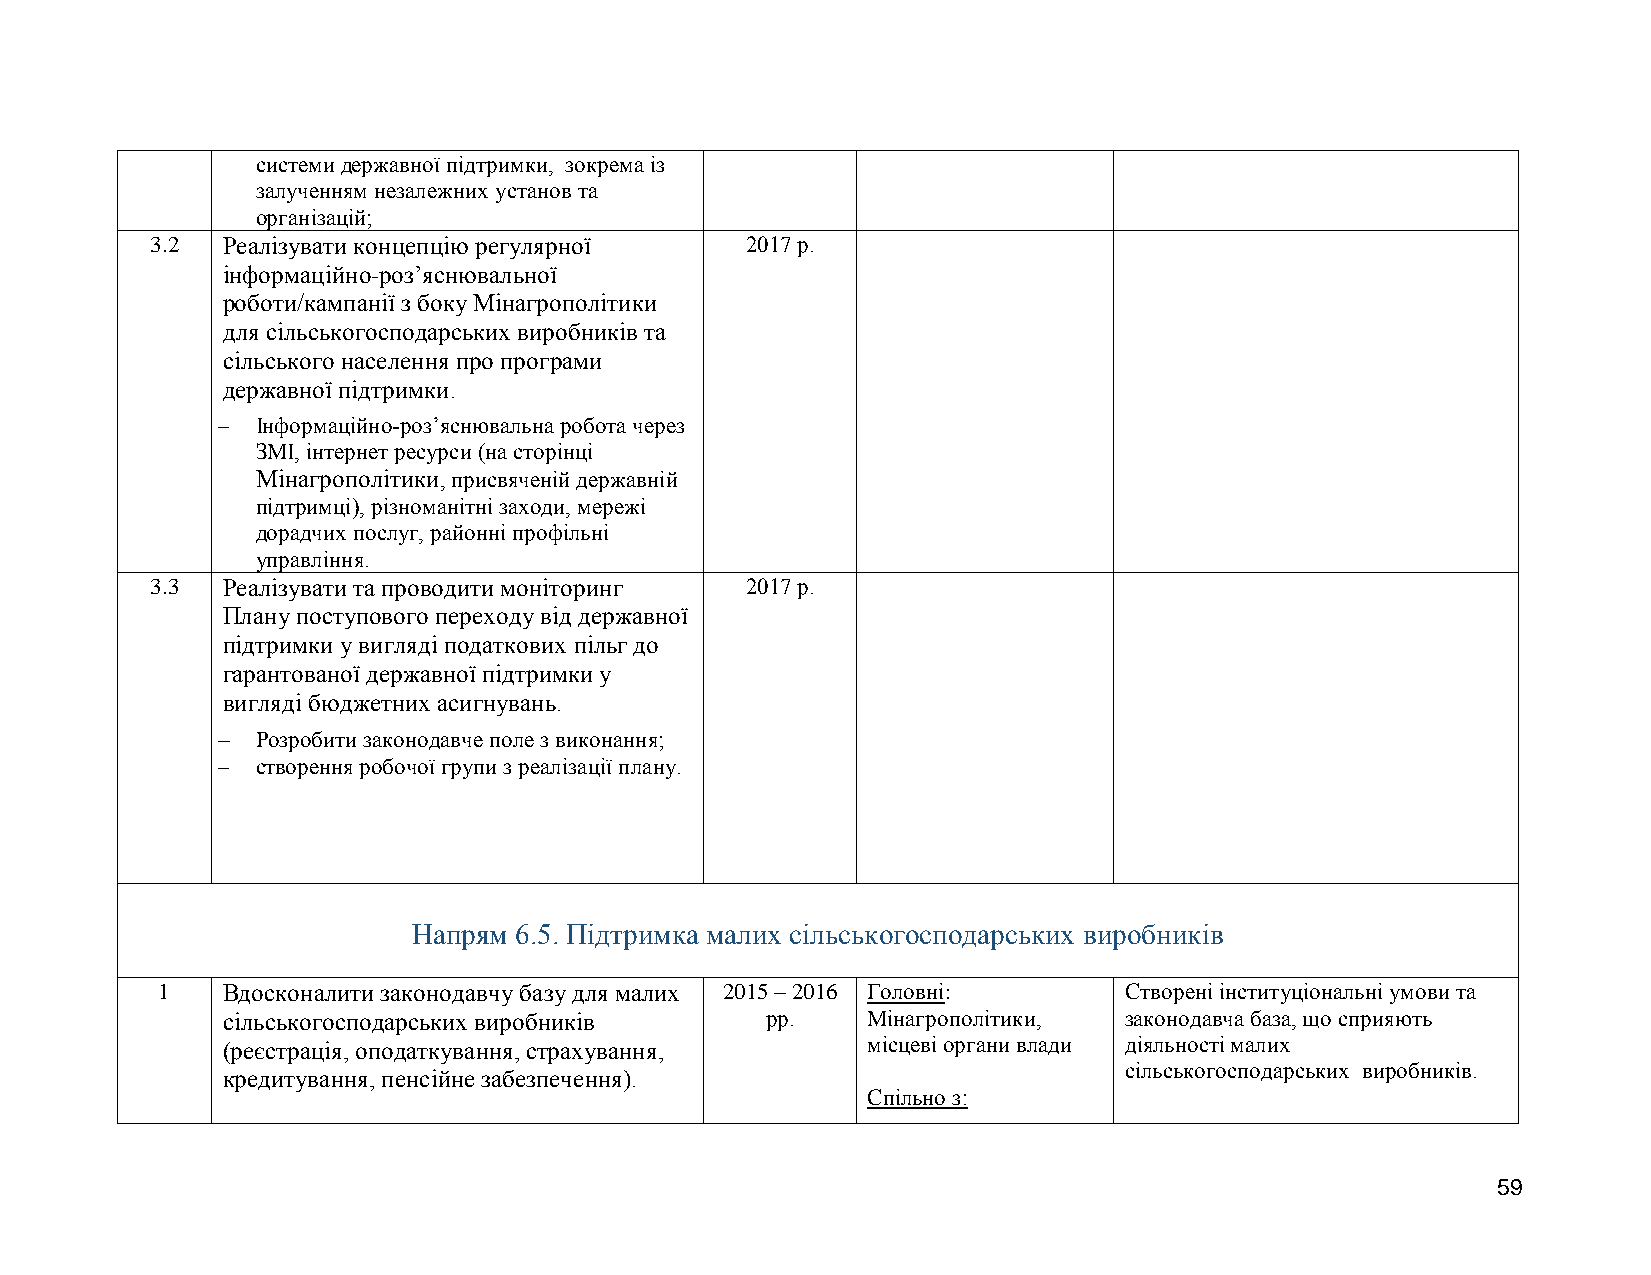
системи державної підтримки, зокрема із
 залученням незалежних установ та
 організацій;
 3.2  Реалізувати концепцію регулярної  2017 р.
 інформаційно-роз’яснювальної
 роботи/кампанії з боку Мінагрополітики
 для сільськогосподарських виробників та
 сільського населення про програми
 державної підтримки.
   Інформаційно-роз’яснювальна робота через
 ЗМІ, інтернет ресурси (на сторінці
 Мінагрополітики, присвяченій державній
 підтримці), різноманітні заходи, мережі
 дорадчих послуг, районні профільні
 управління.
 3.3  Реалізувати та проводити моніторинг 2017 р.
 Плану поступового переходу від державної
 підтримки у вигляді податкових пільг до
 гарантованої державної підтримки у
 вигляді бюджетних асигнувань.
   Розробити законодавче поле з виконання;
   створення робочої групи з реалізації плану.
 Напрям 6.5. Підтримка малих сільськогосподарських виробників
 1    Вдосконалити законодавчу базу для малих 2015 – 2016 Головні: Створені інституціональні умови та
 сільськогосподарських виробників    рр.   Мінагрополітики, законодавча база, що сприяють
 (реєстрація, оподаткування, страхування,  місцеві органи влади діяльності малих
 сільськогосподарських виробників.
 кредитування, пенсійне забезпечення).
 Спільно з:
 59